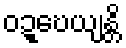
ဝဍ္ဎေယျန္တိ